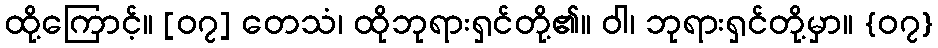
ထို့ကြောင့်။ [၀၇] တေသံ၊ ထိုဘုရားရှင်တို့၏။ ဝါ၊ ဘုရားရှင်တို့မှာ။ {၀၇}